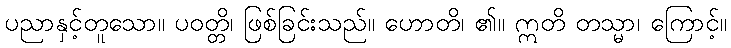
ပညာနှင့်တူသော။ ပဝတ္တိ၊ ဖြစ်ခြင်းသည်။ ဟောတိ၊ ၏။ ဣတိ တသ္မာ၊ ကြောင့်။